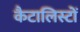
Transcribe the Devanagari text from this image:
कैटालिस्टों